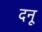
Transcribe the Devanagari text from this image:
दनू